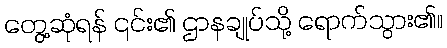
တွေ့ဆုံရန် ၎င်း၏ ဌာနချုပ်သို့ ရောက်သွား၏။